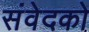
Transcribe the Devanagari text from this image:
संवेदको